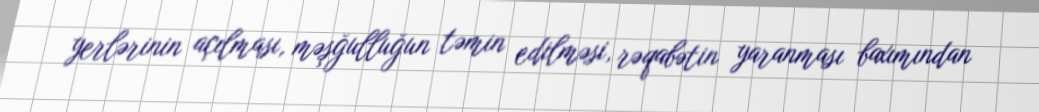
yerlərinin açılması, məşğulluğun təmin edilməsi, rəqabətin yaranması baxımından